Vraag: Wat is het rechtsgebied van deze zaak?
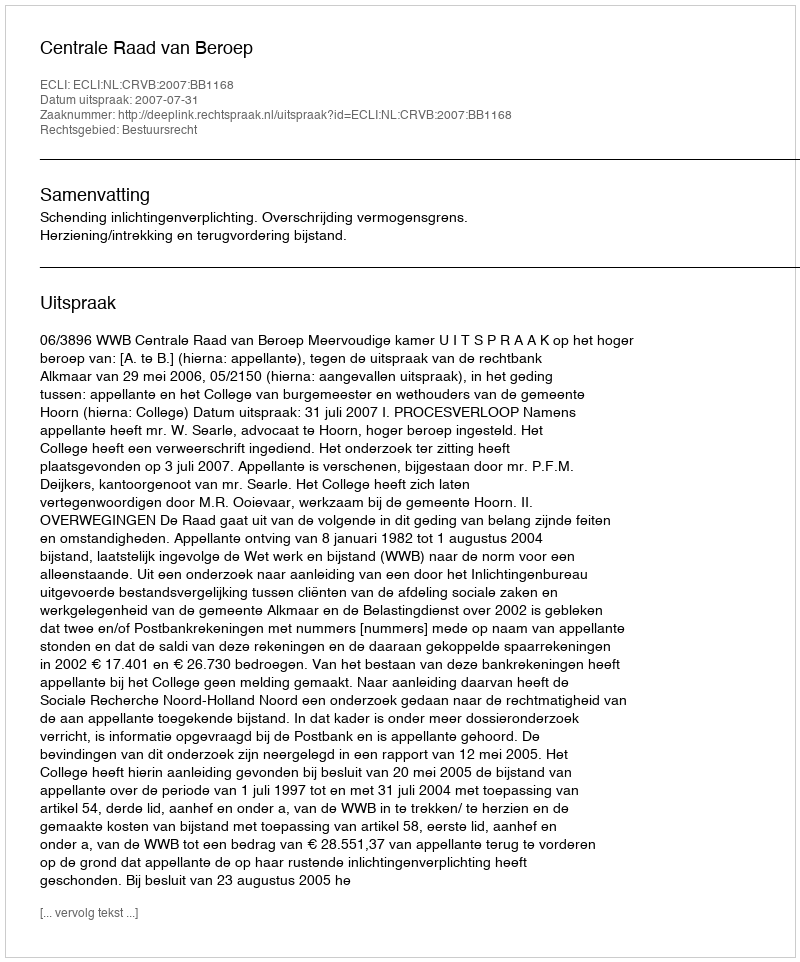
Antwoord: Bestuursrecht